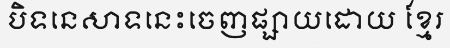
បិទនេសាទនេះចេញផ្សាយដោយ ខ្មែរ